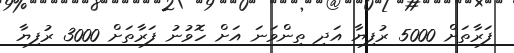
ފަރާތަށް 5000 ރުފިޔާ އަދި ތިންވަަނަ އަށް ހޮވުނު ފަރާތަށް 3000 ރުފިޔާ